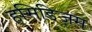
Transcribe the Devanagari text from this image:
हसिडिज़म